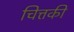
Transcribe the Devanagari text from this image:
चित्तकी